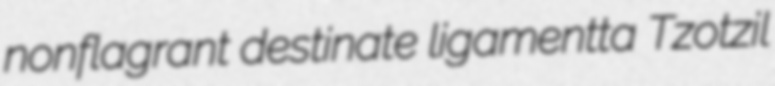
nonflagrant destinate ligamentta Tzotzil